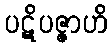
ပဋိပဇ္ဇာဟိ